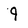
Character: 9